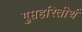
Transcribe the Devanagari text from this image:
गुप्तहरितीर्थ